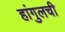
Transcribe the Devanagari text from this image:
हांगुलची